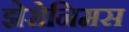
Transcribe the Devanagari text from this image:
झेरोनिमस